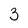
Character: 3